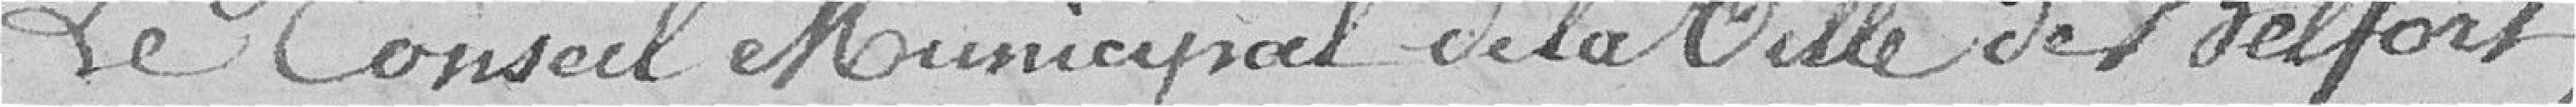
Le Conseil Municipal de la Ville de Belfort,